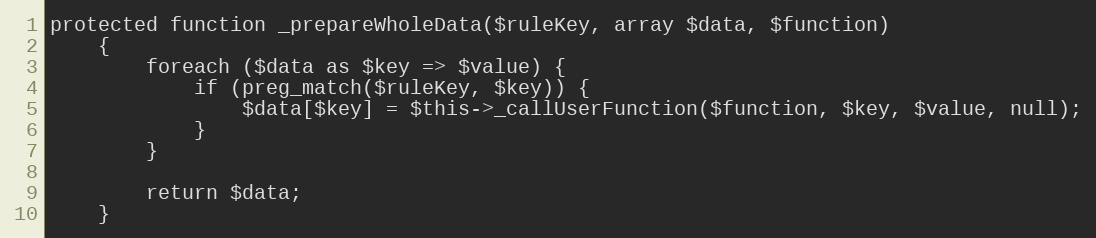
Language: PHP
protected function _prepareWholeData($ruleKey, array $data, $function)
    {
        foreach ($data as $key => $value) {
            if (preg_match($ruleKey, $key)) {
                $data[$key] = $this->_callUserFunction($function, $key, $value, null);
            }
        }

        return $data;
    }